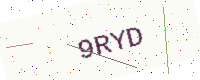
Text: 9RYD